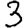
Digit: 3